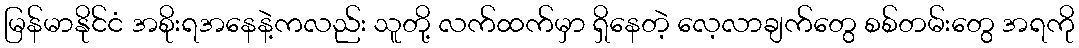
မြန်မာနိုင်ငံ အစိုးရအနေနဲ့ကလည်း သူတို့ လက်ထက်မှာ ရှိနေတဲ့ လေ့လာချက်တွေ စစ်တမ်းတွေ အရကို